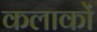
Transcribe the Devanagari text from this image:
कलाकों